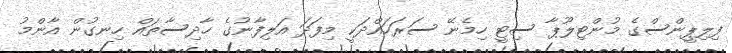
ފިލިޕީންސްގެ މުންޓިލޫޕާ ސިޓީ ހިމެނޭ ސަރަހައްދަކީ މިފަދަ އަލިފާނުގެ ހާދިސާތައް ހިނގުން އާންމު